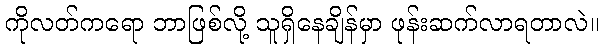
ကိုလတ်ကရော ဘာဖြစ်လို့ သူရှိနေချိန်မှာ ဖုန်းဆက်လာရတာလဲ။